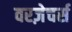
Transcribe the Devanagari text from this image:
वरज़ेचर्स